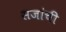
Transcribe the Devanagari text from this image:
सजांची